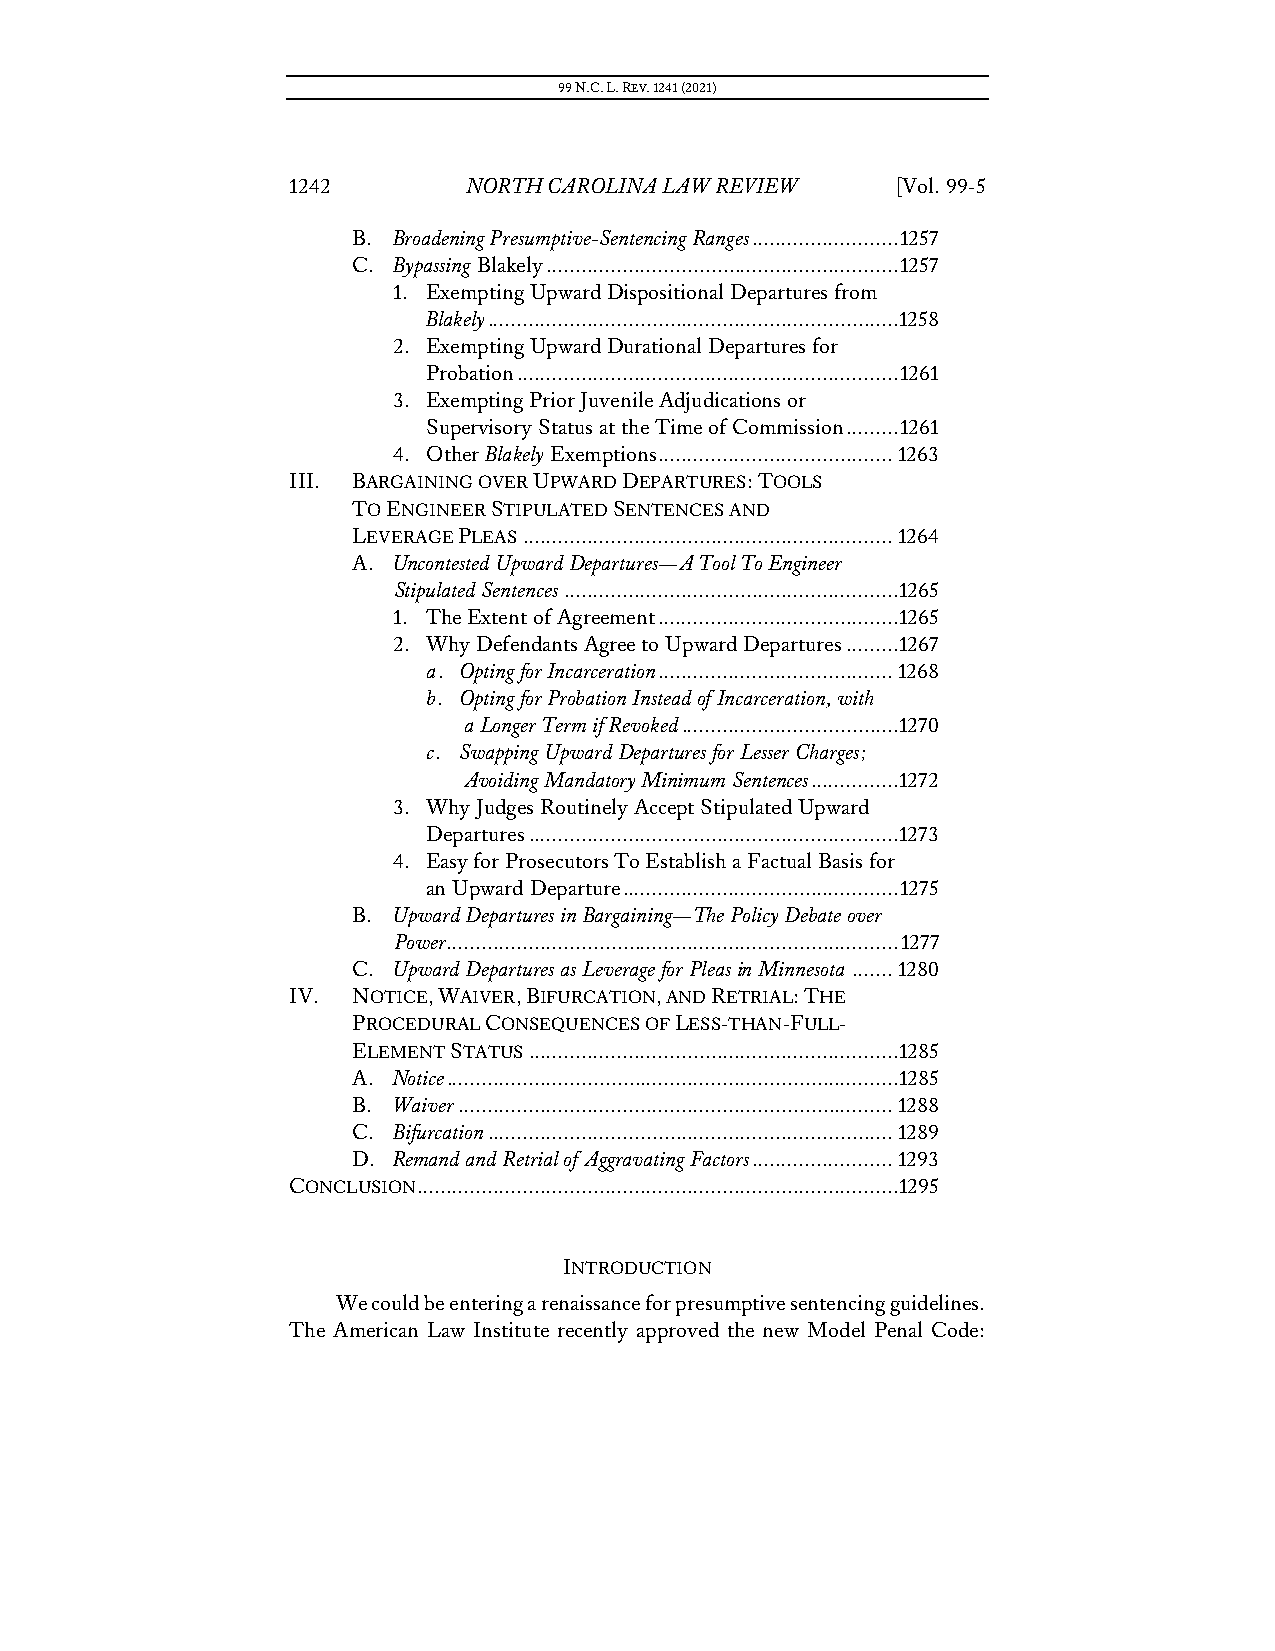
99 N.C. L. REV. 1241 (2021)
 1242        NORTH CAROLINA LAW REVIEW   [Vol. 99-5
 B. Broadening Presumptive-Sentencing Ranges ......................... 1257
 C. Bypassing Blakely ............................................................ 1257
 1. Exempting Upward Dispositional Departures from
 Blakely ......................................................................1 258
 2. Exempting Upward Durational Departures for
 Probation ................................................................. 1261
 3. Exempting Prior Juvenile Adjudications or
 Supervisory Status at the Time of Commission ......... 1261
 4. Other Blakely Exemptions ........................................ 1263
 III. BARGAINING OVER UPWARD DEPARTURES: TOOLS
 TO ENGINEER STIPULATED SENTENCES AND
 LEVERAGE PLEAS ............................................................... 1264
 A. Uncontested Upward Departures—A Tool To Engineer
 Stipulated Sentences .........................................................1 265
 1. The Extent of Agreement .........................................1 265
 2. Why Defendants Agree to Upward Departures ......... 1267
 a. Opting for Incarceration ........................................ 1268
 b. Opting for Probation Instead of Incarceration, with
 a Longer Term if Revoked ..................................... 1270
 c. Swapping Upward Departures for Lesser Charges;
 Avoiding Mandatory Minimum Sentences ............... 1272
 3. Why Judges Routinely Accept Stipulated Upward
 Departures ...............................................................1 273
 4. Easy for Prosecutors To Establish a Factual Basis for
 an Upward Departure ............................................... 1275
 B. Upward Departures in Bargaining—The Policy Debate over
 Power ............................................................................. 1277
 C. Upward Departures as Leverage for Pleas in Minnesota ....... 1280
 IV. NOTICE, WAIVER, BIFURCATION, AND RETRIAL: THE
 PROCEDURAL CONSEQUENCES OF LESS-THAN-FULL-
 ELEMENT STATUS ...............................................................1 285
 A. Notice .............................................................................1 285
 B. Waiver .......................................................................... 1288
 C. Bifurcation ..................................................................... 1289
 D. Remand and Retrial of Aggravating Factors ........................ 1293
 CONCLUSION ..................................................................................1 295
 INTRODUCTION
 We could be entering a renaissance for presumptive sentencing guidelines.
 The American Law Institute recently approved the new Model Penal Code: